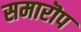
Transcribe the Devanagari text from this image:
समारॊप